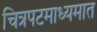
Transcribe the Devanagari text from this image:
चित्रपटमाध्यमात